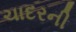
ચાદરની